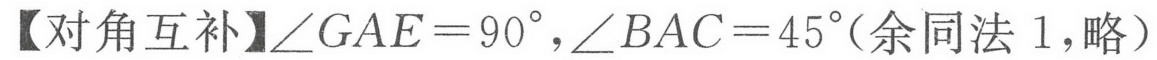
【对角互补】\(\angle GAE = 90^{\circ},\angle BAC = 45^{\circ}\)(余同法1,略）